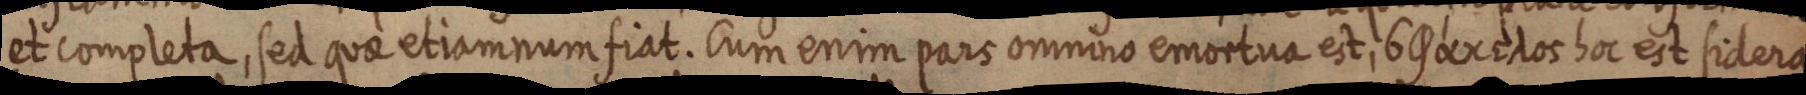
et completa, sed quae etiam num fiat. Cum enim pars ommino emortua est, 69 ex cos hoc est sidera